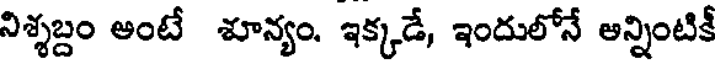
నిశ్శబ్దం అంటే శూన్యం. ఇక్కడే, ఇందులోనే అన్నింటికీ